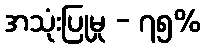
အသုံးပြုမှု - ၇၅%